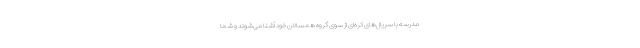
مدرسه با سریال‌های کره‌ای از سوی گروه همسالان خود آشنا می‌شوند و شما